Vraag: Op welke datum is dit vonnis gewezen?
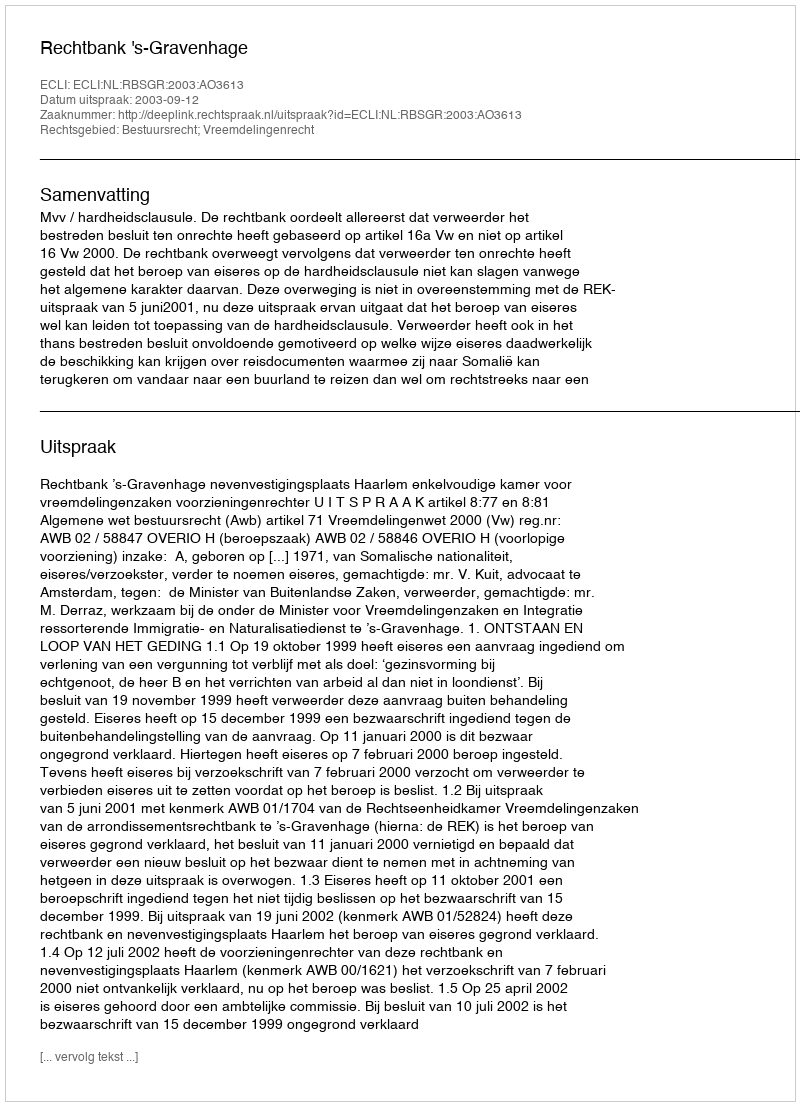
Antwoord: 2003-09-12